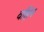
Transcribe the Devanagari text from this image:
वहिन